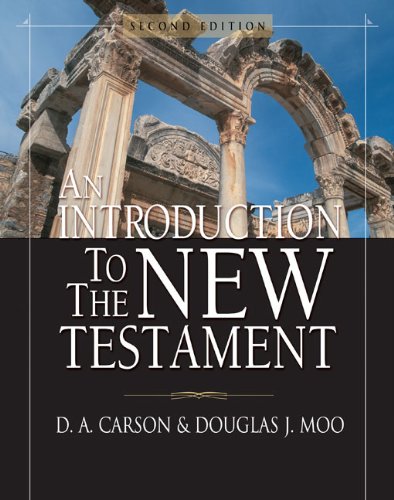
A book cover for An Introduction to the New Testament; D. A. Carson; Christian Books & Bibles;